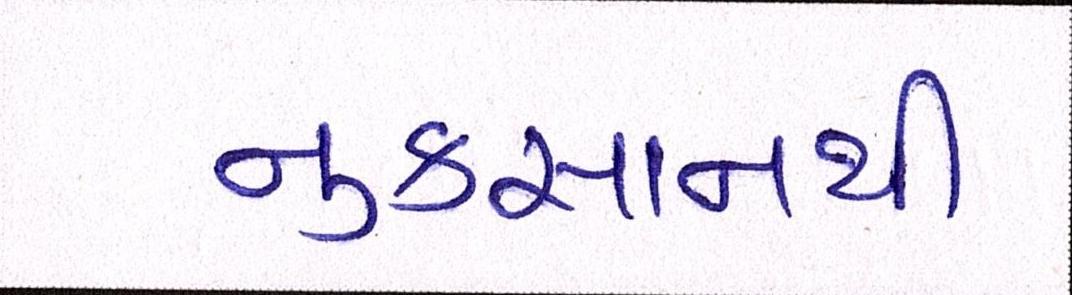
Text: નુકસાનથી